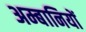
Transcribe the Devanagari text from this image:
अम्बानियों